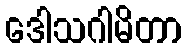
ဒေါသဂါမိတာ